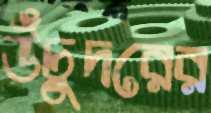
উঁচুদরের